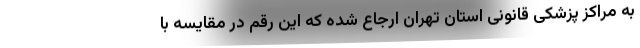
به مراکز پزشکی قانونی استان تهران ارجاع شده که این رقم در مقایسه با